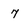
Character: 7